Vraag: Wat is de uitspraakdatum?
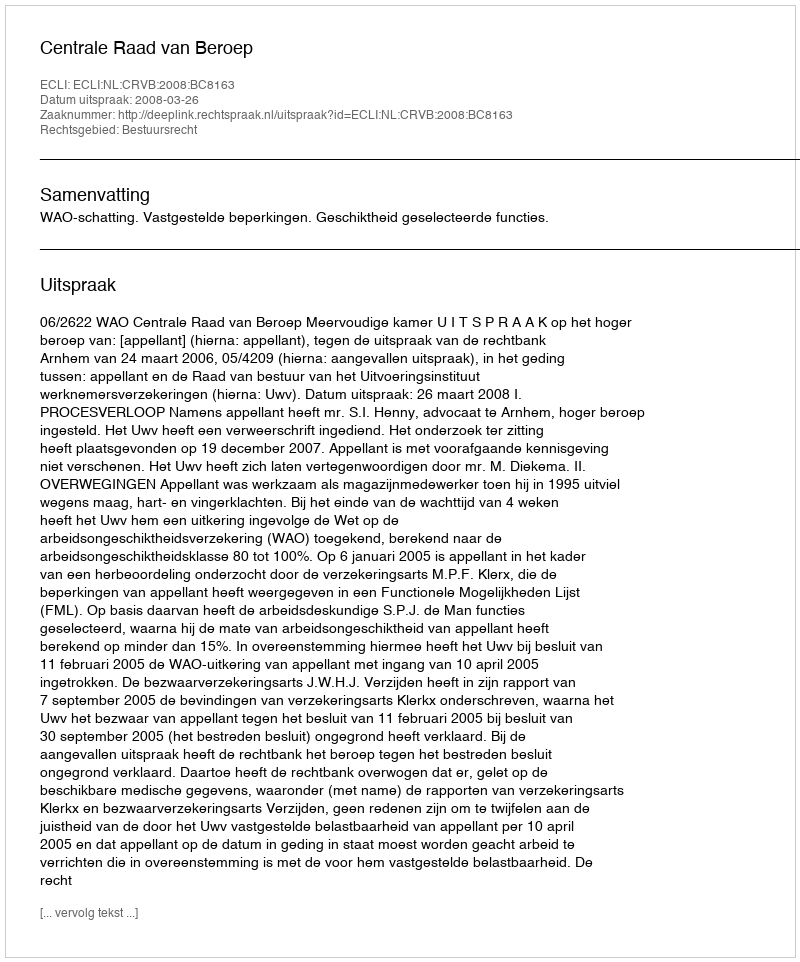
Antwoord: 2008-03-26